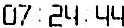
07:24:44